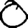
Digit: 0